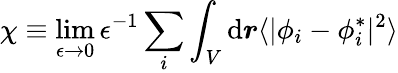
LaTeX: \chi\equiv\operatorname*{lim}_{\epsilon\rightarrow 0}\epsilon^{-1}\sum_{i}\int_{V}\mathrm{d}\boldsymbol{r}\langle\vert\phi_{i}-\phi_{i}^{*}\vert^{2}\rangle